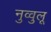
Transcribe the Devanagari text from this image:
नुव्वुलू